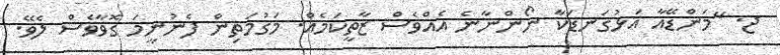
ޖ. "މަންޑޭއާ އަޅުގަނޑަކާ ނޯންނާނެ އެއްވެސް ޒާތީކަމެއް. މަގުމަތިން ފެނުނީމަ ގޮވާވެސް ލެވޭ.